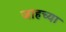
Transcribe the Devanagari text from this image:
जाहच्या